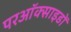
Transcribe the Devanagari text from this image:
परऑक्साइडों